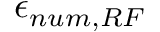
\epsilon _ { n u m , R F }